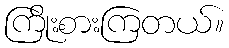
ကြိုးစားကြတယ်။